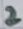
Text: 2